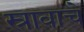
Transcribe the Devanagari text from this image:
स्रावाचे